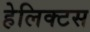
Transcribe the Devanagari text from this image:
हेलिक्टस